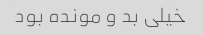
خیلی بد و مونده بود